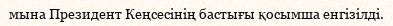
мына Президент Кеңсесінің бастығы қосымша енгізілді.